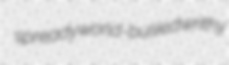
spready world-busied writhy